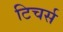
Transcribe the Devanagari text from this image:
टिचर्स